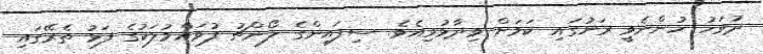
ދުވަހު ހުންނެވީ ރަށުގައި ކަމަށް ވިދާޅުވިއެވެ. ސިފައިންގެ ލޯންޗު ފުވައްމުލަކުގެ ފަޅު ތެރޭގައި